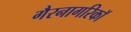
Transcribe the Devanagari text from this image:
गैरनागरिकॉ